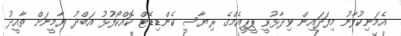
އެމަނިކުފާނު މިފަދައިން ވިދާޅުވީ ޕީޕީއެމްގެ ރިޔާސީ ކެންޑިޑޭޓް ކޮއްކޯފުޅު އަބްދު ޔާމީނަށް ތާއީދު